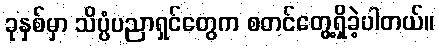
ခုနှစ်မှာ သိပ္ပံပညာရှင်တွေက စတင်တွေ့ရှိခဲ့ပါတယ်။